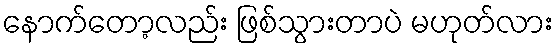
နောက်တော့လည်း ဖြစ်သွားတာပဲ မဟုတ်လား